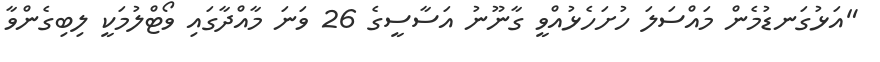
"އަޅުގަނޑުމެން މައްސަލަ ހުށަހެޅުއްވީ ގާނޫނު އަސާސީގެ 26 ވަނަ މާއްދާގައި ވޯޓްލުމަކީ ލިބިގެންވާ